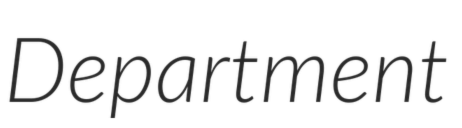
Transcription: Department